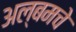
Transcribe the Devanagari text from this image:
अल्बमचे